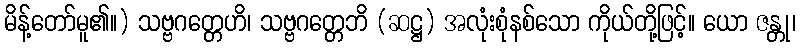
မိန့်တော်မူ၏။) သဗ္ဗဂတ္တေဟိ၊ သဗ္ဗဂတ္တေဘိ (ဆဋ္ဌ) အလုံးစုံနစ်သော ကိုယ်တို့ဖြင့်။ ယော ဇန္တု၊